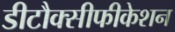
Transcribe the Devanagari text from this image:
डीटौक्सीफीकेशन